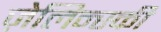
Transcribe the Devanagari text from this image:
ज़ेलिन्स्की